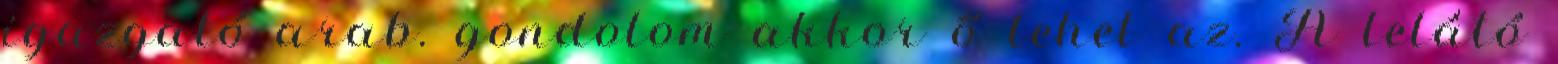
igazgató arab. gondolom akkor ő lehet az. A lelátó